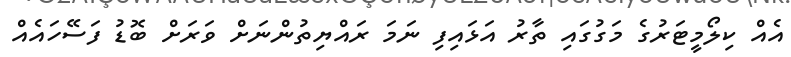
އެއް ކިލޯމީޓަރުގެ މަގުގައި ތާރު އަޅައިފި ނަމަ ރައްޔިތުންނަށް ވަރަށް ބޮޑު ފަސޭހައެއް